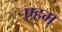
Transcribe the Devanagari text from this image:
एहम